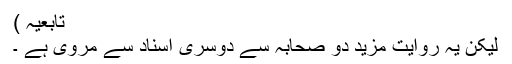
تابعیہ )
لیکن یہ روایت مزید دو صحابہ سے دوسری اسناد سے مروی ہے ۔